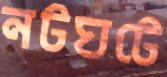
নটঘটে